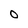
Character: O